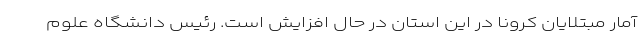
آمار مبتلایان کرونا در این استان در حال افزایش است. رئیس دانشگاه علوم